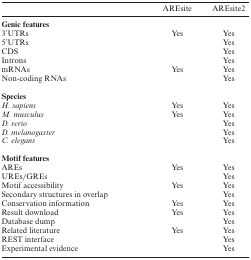
|  | AREsite | AREsite2 |
 | --- | --- | --- |
 | Genic features |  |  |
 | 3′UTRs | Yes | Yes |
 | 5′UTRs |  | Yes |
 | CDS |  | Yes |
 | Introns |  | Yes |
 | mRNAs | Yes | Yes |
 | Non-coding RNAs |  | Yes |
 | Species |  |  |
 | H. sapiens | Yes | Yes |
 | M. musculus | Yes | Yes |
 | D. rerio |  | Yes |
 | D. melanogaster |  | Yes |
 | C. elegans |  | Yes |
 | Motif features |  |  |
 | AREs | Yes | Yes |
 | UREs/GREs |  | Yes |
 | Motif accessibility | Yes | Yes |
 | Secondary structures in overlap |  | Yes |
 | Conservation information | Yes | Yes |
 | Result download | Yes | Yes |
 | Database dump |  | Yes |
 | Related literature | Yes | Yes |
 | REST interface |  | Yes |
 | Experimental evidence |  | Yes |